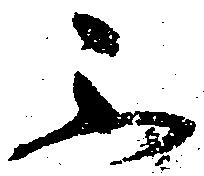
不